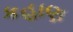
કહાણ